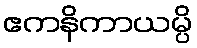
ဧကနိကာယမ္ပိ